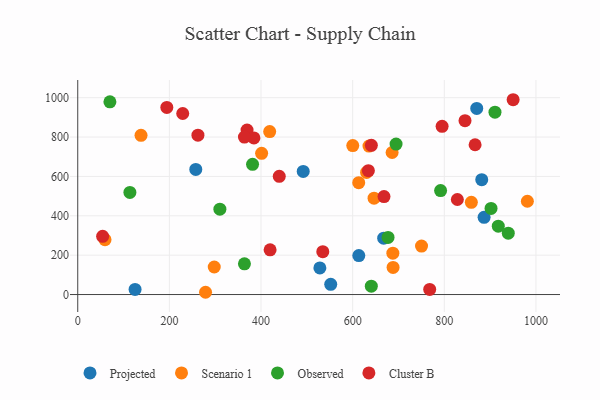
{"axis": {"x": "Study Hours", "y": "Yield"}, "legend": ["Cluster B", "Observed", "Projected", "Scenario 1"], "data": [{"x": "125.1", "y": 25.9, "type": "Projected"}, {"x": "492.1", "y": 625.5, "type": "Projected"}, {"x": "552.1", "y": 52.1, "type": "Projected"}, {"x": "870.8", "y": 945.3, "type": "Projected"}, {"x": "257.6", "y": 635.6, "type": "Projected"}, {"x": "886.8", "y": 392.1, "type": "Projected"}, {"x": "613.4", "y": 197.9, "type": "Projected"}, {"x": "881.7", "y": 583.3, "type": "Projected"}, {"x": "528.4", "y": 135.1, "type": "Projected"}, {"x": "667.7", "y": 286.2, "type": "Projected"}, {"x": "297.9", "y": 140.0, "type": "Scenario 1"}, {"x": "981.3", "y": 474.0, "type": "Scenario 1"}, {"x": "630.4", "y": 620.2, "type": "Scenario 1"}, {"x": "686.1", "y": 721.5, "type": "Scenario 1"}, {"x": "635.6", "y": 754.3, "type": "Scenario 1"}, {"x": "418.9", "y": 827.8, "type": "Scenario 1"}, {"x": "859.0", "y": 468.6, "type": "Scenario 1"}, {"x": "138.1", "y": 808.6, "type": "Scenario 1"}, {"x": "613.2", "y": 568.0, "type": "Scenario 1"}, {"x": "401.3", "y": 717.3, "type": "Scenario 1"}, {"x": "646.7", "y": 489.4, "type": "Scenario 1"}, {"x": "278.9", "y": 11.5, "type": "Scenario 1"}, {"x": "750.3", "y": 246.4, "type": "Scenario 1"}, {"x": "688.2", "y": 137.9, "type": "Scenario 1"}, {"x": "600.2", "y": 756.9, "type": "Scenario 1"}, {"x": "687.7", "y": 209.9, "type": "Scenario 1"}, {"x": "59.5", "y": 278.7, "type": "Scenario 1"}, {"x": "917.8", "y": 347.1, "type": "Observed"}, {"x": "677.2", "y": 290.1, "type": "Observed"}, {"x": "939.6", "y": 311.5, "type": "Observed"}, {"x": "381.5", "y": 661.3, "type": "Observed"}, {"x": "363.8", "y": 155.9, "type": "Observed"}, {"x": "310.2", "y": 433.7, "type": "Observed"}, {"x": "113.8", "y": 518.9, "type": "Observed"}, {"x": "694.7", "y": 764.3, "type": "Observed"}, {"x": "791.9", "y": 528.1, "type": "Observed"}, {"x": "640.7", "y": 42.4, "type": "Observed"}, {"x": "70.2", "y": 978.9, "type": "Observed"}, {"x": "910.6", "y": 926.4, "type": "Observed"}, {"x": "902.0", "y": 437.4, "type": "Observed"}, {"x": "640.8", "y": 758.2, "type": "Cluster B"}, {"x": "439.8", "y": 600.3, "type": "Cluster B"}, {"x": "194.4", "y": 950.7, "type": "Cluster B"}, {"x": "534.8", "y": 217.8, "type": "Cluster B"}, {"x": "668.4", "y": 497.4, "type": "Cluster B"}, {"x": "634.3", "y": 629.0, "type": "Cluster B"}, {"x": "950.2", "y": 989.6, "type": "Cluster B"}, {"x": "768.1", "y": 25.8, "type": "Cluster B"}, {"x": "795.2", "y": 854.4, "type": "Cluster B"}, {"x": "54.3", "y": 295.8, "type": "Cluster B"}, {"x": "867.2", "y": 761.0, "type": "Cluster B"}, {"x": "419.8", "y": 227.0, "type": "Cluster B"}, {"x": "369.5", "y": 835.6, "type": "Cluster B"}, {"x": "229.1", "y": 919.5, "type": "Cluster B"}, {"x": "828.5", "y": 482.8, "type": "Cluster B"}, {"x": "384.5", "y": 795.7, "type": "Cluster B"}, {"x": "363.8", "y": 800.0, "type": "Cluster B"}, {"x": "262.3", "y": 809.5, "type": "Cluster B"}, {"x": "845.2", "y": 883.1, "type": "Cluster B"}]}